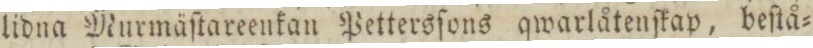
lidna Murmäſtareenkan Pettersſons qwarlåtenſkap, beſtå=